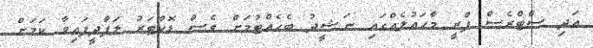
އަދި ސްޓްރެސް ފްރީ މާހައުލެއްގައި ނަޝީދު ބެހެއްޓުމަށް ވެސް ޑޮކްޓަރު ލަފާދީފައިވާ ކަމަށް